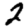
Digit: 2